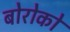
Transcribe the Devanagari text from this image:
बोरोको